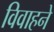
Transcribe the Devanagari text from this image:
विवाहने